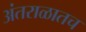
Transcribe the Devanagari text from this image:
अंतराळातच